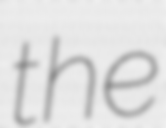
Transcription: the